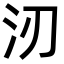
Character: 㲽